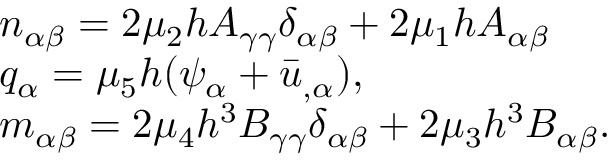
\begin{array} { r l } & { n _ { \alpha \beta } = 2 \mu _ { 2 } h A _ { \gamma \gamma } \delta _ { \alpha \beta } + 2 \mu _ { 1 } h A _ { \alpha \beta } } \\ & { q _ { \alpha } = \mu _ { 5 } h ( \psi _ { \alpha } + \bar { u } _ { , \alpha } ) , } \\ & { m _ { \alpha \beta } = 2 \mu _ { 4 } h ^ { 3 } B _ { \gamma \gamma } \delta _ { \alpha \beta } + 2 \mu _ { 3 } h ^ { 3 } B _ { \alpha \beta } . } \end{array}